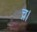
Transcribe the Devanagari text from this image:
च्र।